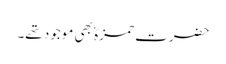
حضرت حمزہؓ بھی موجود تھے۔